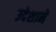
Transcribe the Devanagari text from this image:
उदेशाने